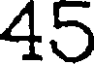
45